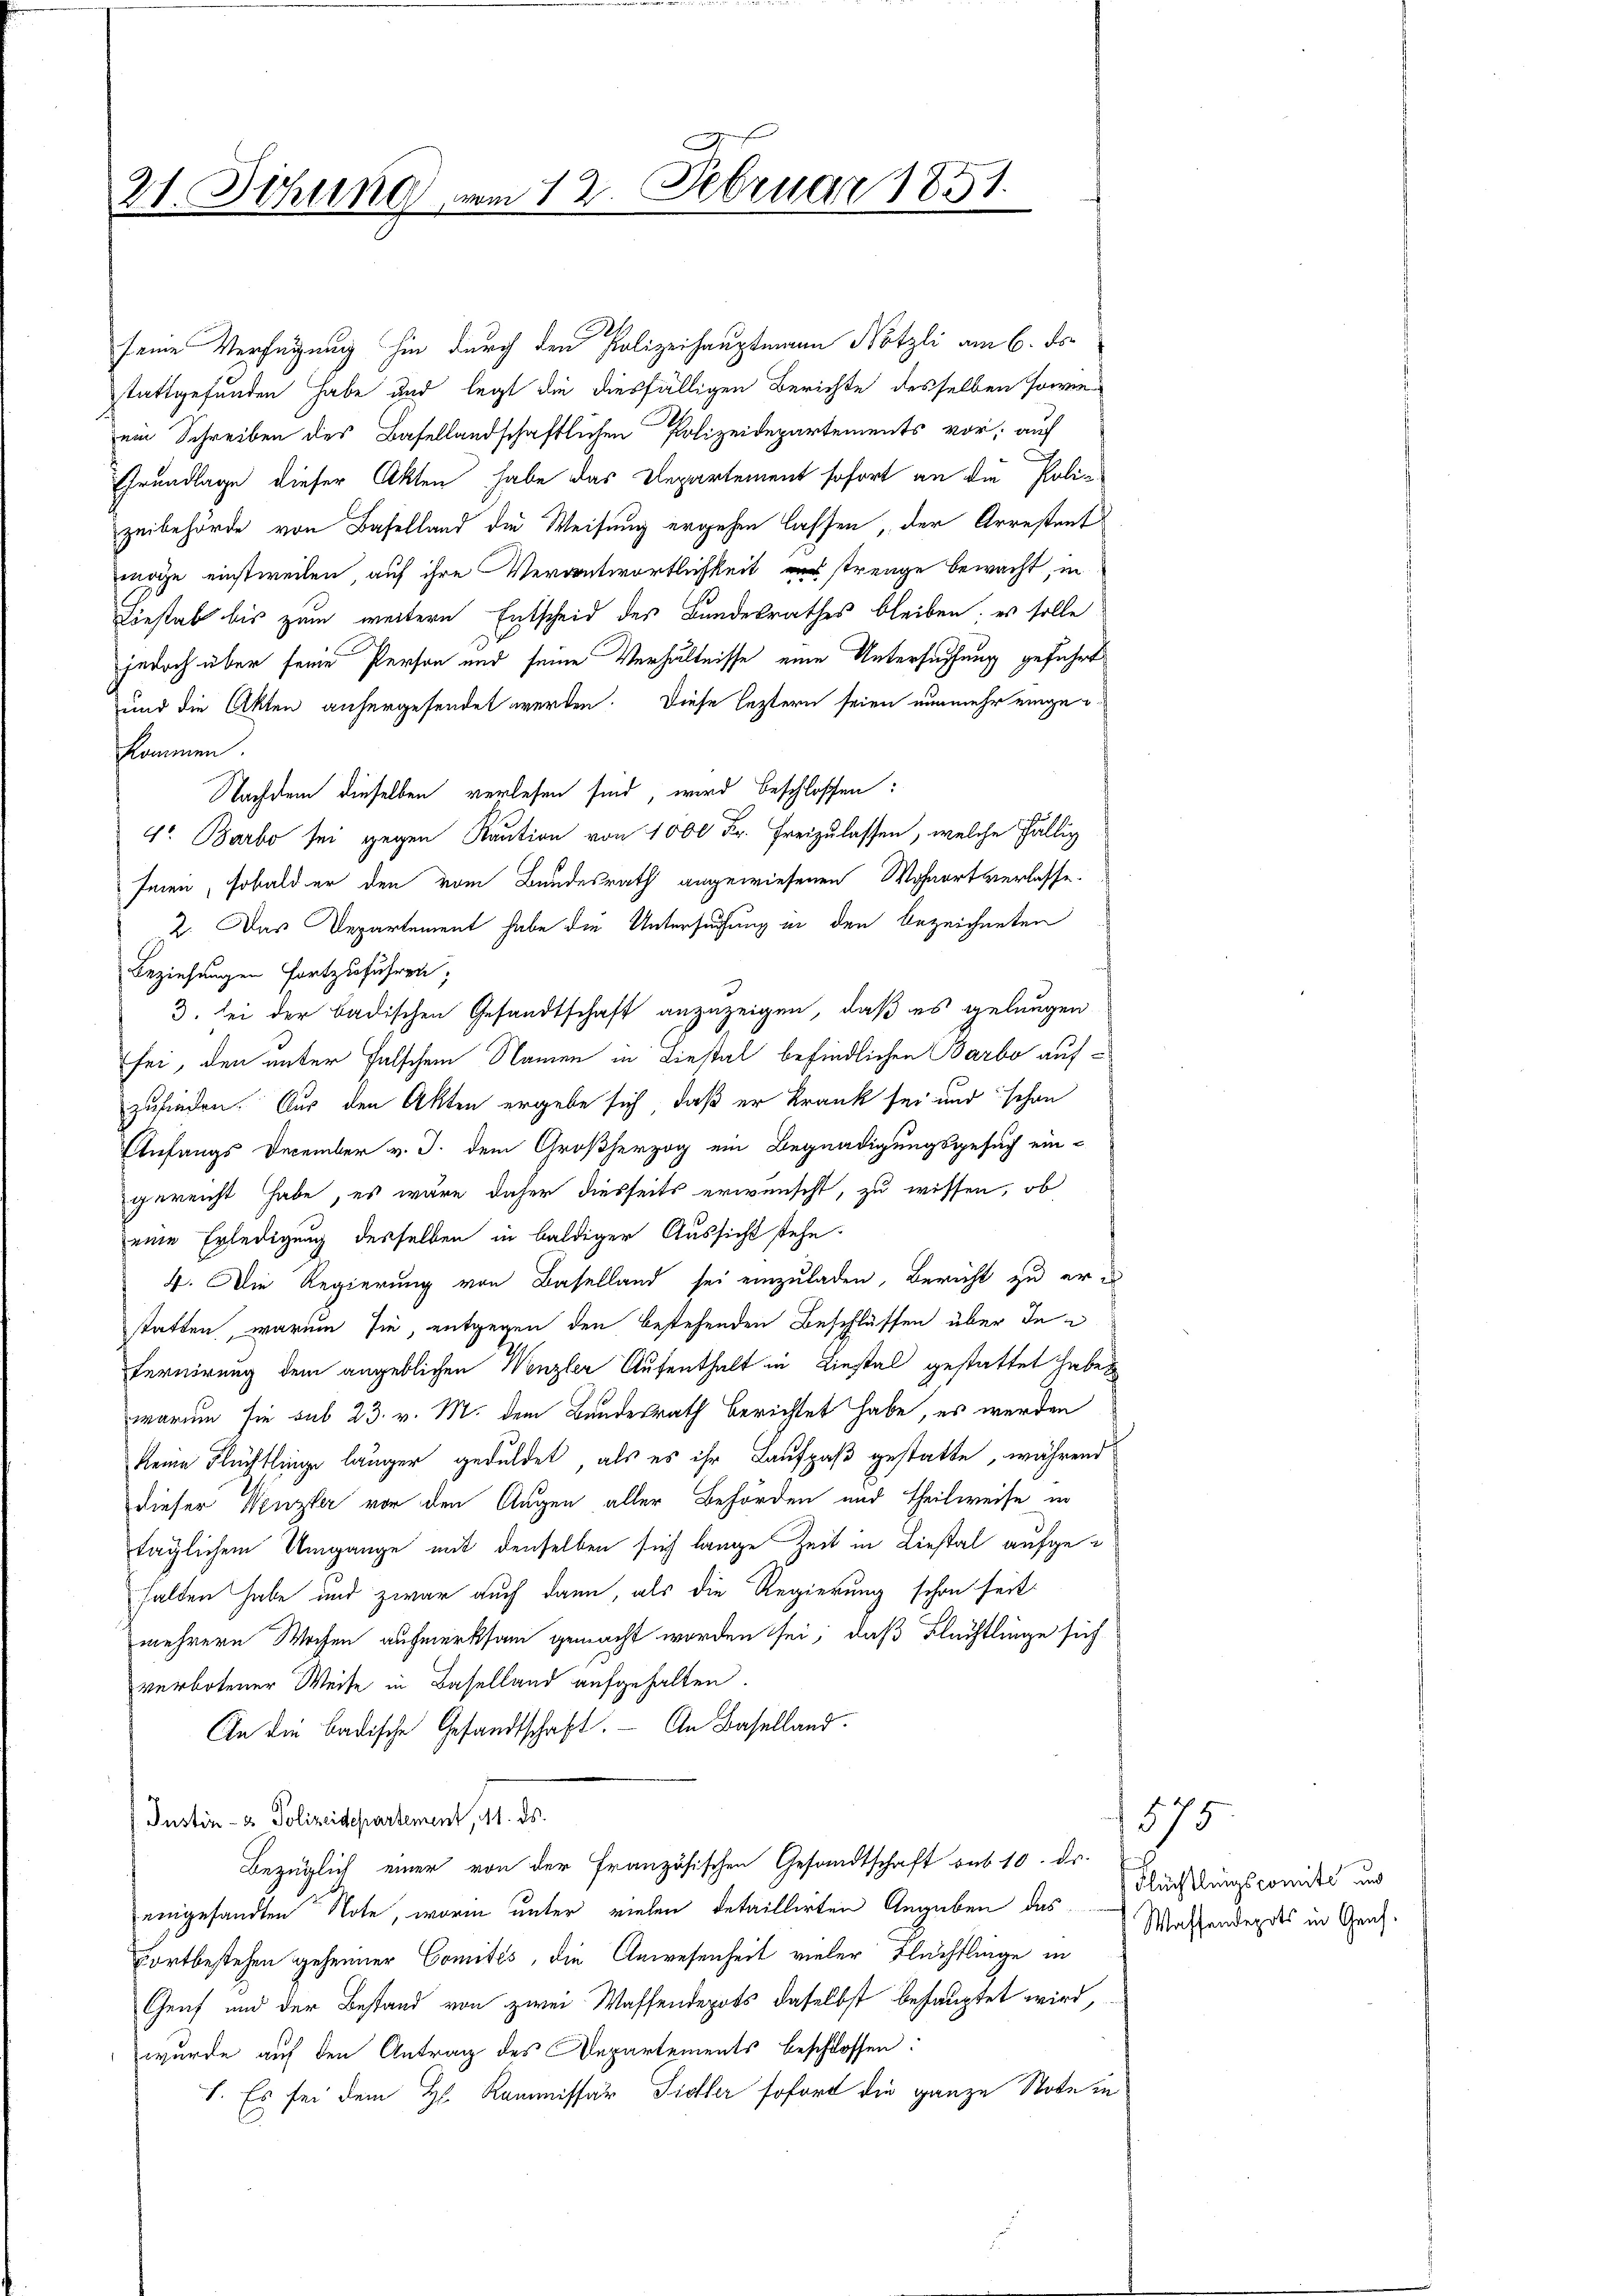
21. Jehung vom 12. Februar 1851.

seine Verfügung hin durch den Polizeihauptmann Nötzli am 6. ds.
stattgefunden habe und legt die diesfälligen Berichte desselben sowie
em Schreiben des Basellandschaftlichen Polizeidepartements vor; auf
Grundlage dieser Akten habe das Departement sofort an die Polizeibehörde von Baselland die Weisung ergehen lassen, der Arrestant
möge einstweilen auf ihre Verantwortlichkeit strenge bewacht, in
Böestab bis zum weitern Entscheid des Bandesrathes bleiben; es solle
jedoch über seine Person und seine Verhältnisse eine Untersuchung geführt
und die Akten anhergesendet werden. Diese leztern seien nunmehr eingekommen.
Nachdem dieselben verlesen sind, wird beschlossen:
4. Barbo sei gegen Kaution von 1000 Fr. Freizulassen, welche fällig
seien, sobald er den vom Bundesrath angewiesenen Wohnort verlasse¬
2. Das Departement habe die Untersuchung in den bezeichneten
Beziehungen fortzuführen;
3. sei der badischen Gesandtschaft anzuzeigen, daß es gelungen
sei, den unter falschem Namen in Liestal befindlichen Barbo aufzufinden. Aus den Akten ergebe sich, daß er krank sei und schon
Enfangs December v. J. dem Großherzog ein Begnadigungsgesuch ein-
gereicht habe, es wäre daher diesseits erwünscht, zu wissen, ob
eine Erledigung desselben in baldiger Aussicht stehe.
4. Die Regierung von Baselland sei einzuladen, Bericht zu er-
statten, warum sie, entgegen den bestehenden Beschlüssen über de
fernirung dem angeblichen Wenzler Aufenthalt in Liestal gestattet haben
warum sie sub 23. v. M. dem Bundesrath berichtet habe, es werden
keine Flüchtlinge länger geduldet, als es ihr Laufpaß gestatte, während
dieser Wenzler vor den Augen aller Behörden und Theilweise in
täglichem Umgange mit denselben sich lange Zeit in Liestal aufgehalden habe und zwar auch dann, als die Regierung schon seit
mehrere Wochen aufmerksam gemacht worden sei; daß Flüchtlinge sich
verbotener Weise in Baselland aufgehalten.
An die Badische Gesandtschaft. - An Baselland.
Justiz- & Polizeidepartement, 18. ds.
Bezüglich einer von der Französischen Gesandtschaft sub 10. Dr.
eingesandten Note, worin unter vielen detaillirten Angaben das
Fortbestehen geheimer Comités, die Anwesenheit vieler Flächtlinge in
Genf und der Bestand von zwei Waffendepots daselbst behauptet wird,
wurde auf den Antrag des Departements beschlossen:
1. Es sei dem H. Kommissär Sidler sofort die ganze Note in

575
Flüchtlingscomite und
Waffendepots in Genf.